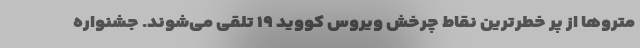
متروها از پر خطرترین‌ نقاط چرخش ویروس کووید ۱۹ تلقی می‌شوند. جشنواره